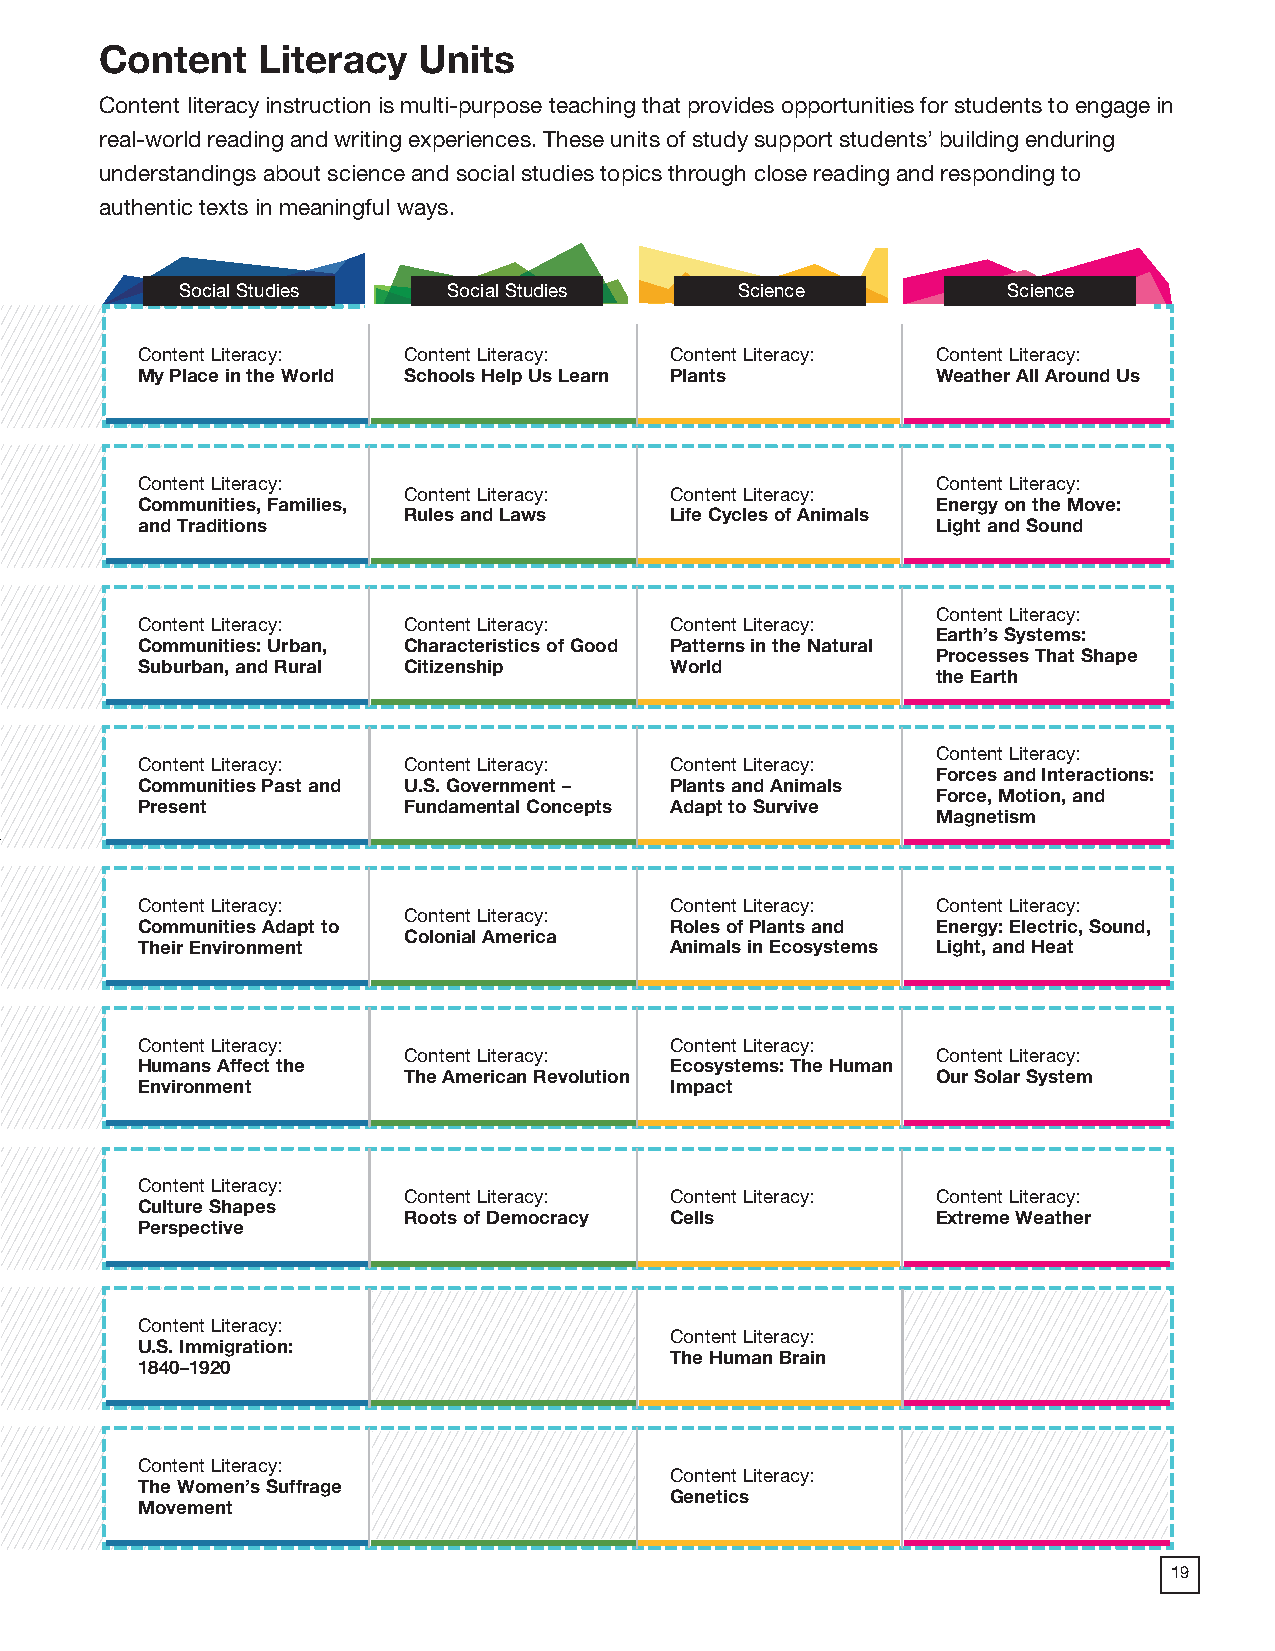
2018 ProdSamp_Layout 1 7/28/17 12:08 PM Page 71
 Content   Literacy   Units
 Content literacy instruction is multi-purpose teaching that provides opportunities for students to engage in
 real-world reading and writing experiences. These units of study support students’ building enduring
 understandings about science and social studies topics through close reading and responding to
 authentic texts in meaningful ways.
 Social Studies    Social Studies     Science           Science
 Content Literacy: Content Literacy: Content Literacy: Content Literacy:
 My Place in the World Schools Help Us Learn Plants   Weather All Around Us
 Content Literacy:                                    Content Literacy:
 Content Literacy: Content Literacy:
 Communities, Families,                               Energy on the Move:
 Rules and Laws   Life Cycles of Animals
 and Traditions                                       Light and Sound
 Content Literacy:
 Content Literacy: Content Literacy: Content Literacy:
 Earth’s Systems:
 Communities: Urban, Characteristics of Good Patterns in the Natural
 Processes That Shape
 Suburban, and Rural Citizenship    World
 the Earth
 Content Literacy:
 Content Literacy: Content Literacy: Content Literacy:
 Forces and Interactions:
 Communities Past and U.S. Government – Plants and Animals
 Force, Motion, and
 Present           Fundamental Concepts Adapt to Survive
 Magnetism
 Content Literacy:                  Content Literacy: Content Literacy:
 Content Literacy:
 Communities Adapt to               Roles of Plants and Energy: Electric, Sound,
 Colonial America
 Their Environment                  Animals in Ecosystems Light, and Heat
 Content Literacy:                  Content Literacy:
 Content Literacy:                  Content Literacy:
 Humans Affect the                  Ecosystems: The Human
 The American Revolution            Our Solar System
 Environment                        Impact
 Content Literacy:
 Content Literacy: Content Literacy: Content Literacy:
 Culture Shapes
 Roots of Democracy Cells           Extreme Weather
 Perspective
 Content Literacy:
 Content Literacy:
 U.S. Immigration:
 The Human Brain
 1840–1920
 Content Literacy:
 Content Literacy:
 The Women’s Suffrage
 Genetics
 Movement
 19
 56